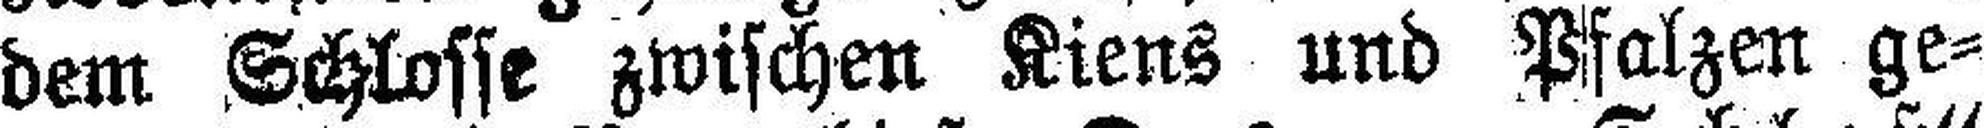
dem Schlosse zwischen Kiens und Pfalzen ge¬